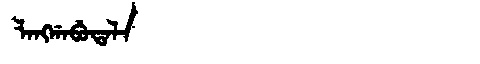
Manchu: ᠯᠠᠩᡤᠠᠪᡠᡨᠠᠯᠠ
Romanization: LANGGABUTALA